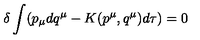
\delta \int ( p _ { \mu } d q ^ { \mu } - K ( p ^ { \mu } , q ^ { \mu } ) d \tau ) = 0